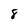
Character: 8